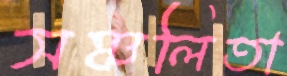
সঞ্চলিতা